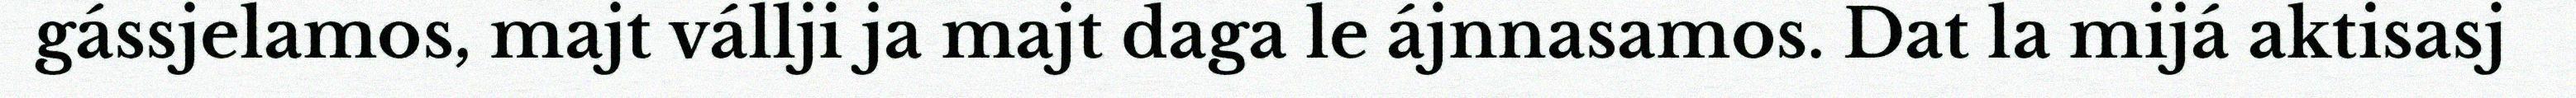
gássjelamos, majt vállji ja majt daga le ájnnasamos. Dat la mijá aktisasj